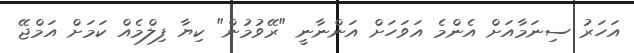
އަހަރު ސިނަމާއަށް އެންމެ އަވަހަށް އަންނާނީ "ރޭވުމުން" ކިޔާ ފިލްމެއް ކަމަށް އަމްޖޭ